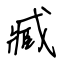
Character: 臧